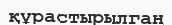
құрастырылган